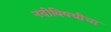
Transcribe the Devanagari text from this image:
नदीविषयीचा